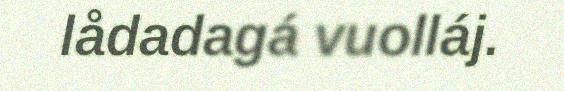
lådadagá vuolláj.